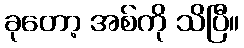
ခုတော့ အစ်ကို သိပြီ။